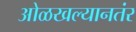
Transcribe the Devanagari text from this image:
ओळखल्यानतंर